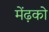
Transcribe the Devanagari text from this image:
मेंढ़को